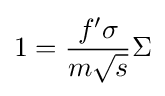
1={\frac {f'\sigma }{m{\sqrt {s}}}}\Sigma